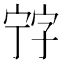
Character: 𡨸